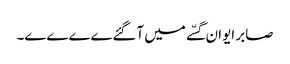
صابر ایوان گسّے میں آگئےےےےے۔